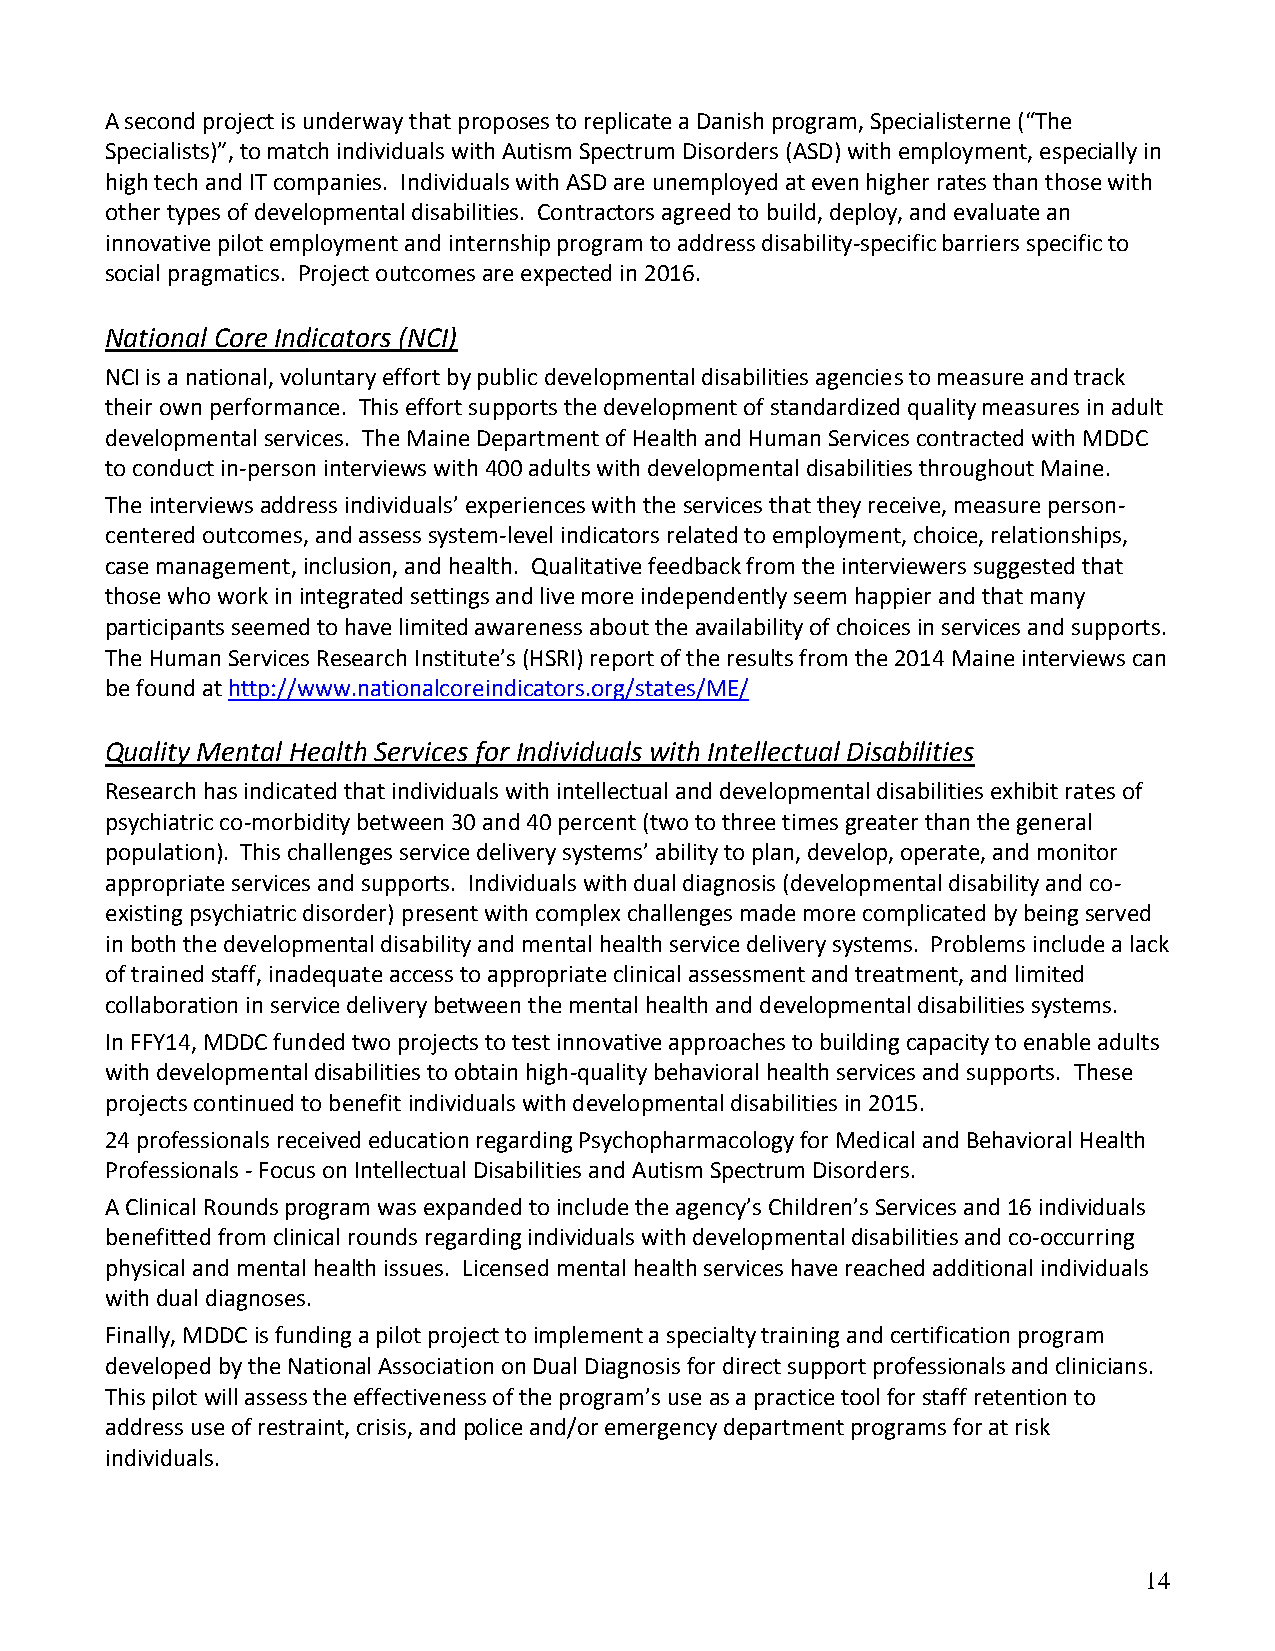
A second project is underway that proposes to replicate a Danish program, Specialisterne (“The
 Specialists)”, to match individuals with Autism Spectrum Disorders (ASD) with employment, especially in
 high tech and IT companies. Individuals with ASD are unemployed at even higher rates than those with
 other types of developmental disabilities. Contractors agreed to build, deploy, and evaluate an
 innovative pilot employment and internship program to address disability-specific barriers specific to
 social pragmatics. Project outcomes are expected in 2016.
 National Core Indicators (NCI)
 NCI is a national, voluntary effort by public developmental disabilities agencies to measure and track
 their own performance. This effort supports the development of standardized quality measures in adult
 developmental services. The Maine Department of Health and Human Services contracted with MDDC
 to conduct in-person interviews with 400 adults with developmental disabilities throughout Maine.
 The interviews address individuals’ experiences with the services that they receive, measure person-
 centered outcomes, and assess system-level indicators related to employment, choice, relationships,
 case management, inclusion, and health. Qualitative feedback from the interviewers suggested that
 those who work in integrated settings and live more independently seem happier and that many
 participants seemed to have limited awareness about the availability of choices in services and supports.
 The Human Services Research Institute’s (HSRI) report of the results from the 2014 Maine interviews can
 be found at http://www.nationalcoreindicators.org/states/ME/
 Quality Mental Health Services for Individuals with Intellectual Disabilities
 Research has indicated that individuals with intellectual and developmental disabilities exhibit rates of
 psychiatric co-morbidity between 30 and 40 percent (two to three times greater than the general
 population). This challenges service delivery systems’ ability to plan, develop, operate, and monitor
 appropriate services and supports. Individuals with dual diagnosis (developmental disability and co-
 existing psychiatric disorder) present with complex challenges made more complicated by being served
 in both the developmental disability and mental health service delivery systems. Problems include a lack
 of trained staff, inadequate access to appropriate clinical assessment and treatment, and limited
 collaboration in service delivery between the mental health and developmental disabilities systems.
 In FFY14, MDDC funded two projects to test innovative approaches to building capacity to enable adults
 with developmental disabilities to obtain high-quality behavioral health services and supports. These
 projects continued to benefit individuals with developmental disabilities in 2015.
 24 professionals received education regarding Psychopharmacology for Medical and Behavioral Health
 Professionals - Focus on Intellectual Disabilities and Autism Spectrum Disorders.
 A Clinical Rounds program was expanded to include the agency’s Children’s Services and 16 individuals
 benefitted from clinical rounds regarding individuals with developmental disabilities and co-occurring
 physical and mental health issues. Licensed mental health services have reached additional individuals
 with dual diagnoses.
 Finally, MDDC is funding a pilot project to implement a specialty training and certification program
 developed by the National Association on Dual Diagnosis for direct support professionals and clinicians.
 This pilot will assess the effectiveness of the program’s use as a practice tool for staff retention to
 address use of restraint, crisis, and police and/or emergency department programs for at risk
 individuals.
 14